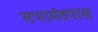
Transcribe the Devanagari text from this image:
सभामंडपास